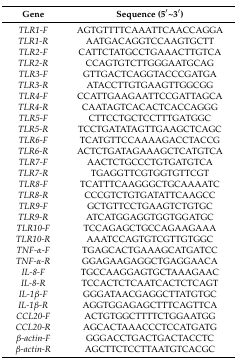
<table><thead><tr><td><b>Gene</b></td><td><b>Sequence (5′~3′)</b></td></tr></thead><tbody><tr><td><i>TLR1-F</i></td><td>AGTGTTTTCAAATTCAACCAGGA</td></tr><tr><td><i>TLR1-R</i></td><td>AATGACAGGTCCAAGTGCTT</td></tr><tr><td><i>TLR2-F</i></td><td>CATTCTATGCCTGAAACTTGTCA</td></tr><tr><td><i>TLR2-R</i></td><td>CCAGTGTCTTGGGAATGCAG</td></tr><tr><td><i>TLR3-F</i></td><td>GTTGACTCAGGTACCCGATGA</td></tr><tr><td><i>TLR3-R</i></td><td>ATACCTTGTGAAGTTGGCGG</td></tr><tr><td><i>TLR4-F</i></td><td>CCATTGAAGAATTCCGATTAGCA</td></tr><tr><td><i>TLR4-R</i></td><td>CAATAGTCACACTCACCAGGG</td></tr><tr><td><i>TLR5-F</i></td><td>CTTCCTGCTCCTTTGATGGC</td></tr><tr><td><i>TLR5-R</i></td><td>TCCTGATATAGTTGAAGCTCAGC</td></tr><tr><td><i>TLR6-F</i></td><td>TCATGTTCCAAAAGACCTACCG</td></tr><tr><td><i>TLR6-R</i></td><td>ACTCTGATAGAAAGCTCATGTCA</td></tr><tr><td><i>TLR7-F</i></td><td>AACTCTGCCCTGTGATGTCA</td></tr><tr><td><i>TLR7-R</i></td><td>TGAGGTTCGTGGTGTTCGT</td></tr><tr><td><i>TLR8-F</i></td><td>TCATTTCAAGGGCTGCAAAATC</td></tr><tr><td><i>TLR8-R</i></td><td>CCCGTCTGTGATATTCAAGCC</td></tr><tr><td><i>TLR9-F</i></td><td>GCTGTTCCTGAAGTCTGTGC</td></tr><tr><td><i>TLR9-R</i></td><td>ATCATGGAGGTGGTGGATGC</td></tr><tr><td><i>TLR10-F</i></td><td>TCCAGAGCTGCCAGAAGAAA</td></tr><tr><td><i>TLR10-R</i></td><td>AAATCCAGTGTCGTTGTGGC</td></tr><tr><td><i>TNF-α-F</i></td><td>TGAGCACTGAAAGCATGATCC</td></tr><tr><td><i>TNF-α-R</i></td><td>GGAGAAGAGGCTGAGGAACA</td></tr><tr><td><i>IL-8-F</i></td><td>TGCCAAGGAGTGCTAAAGAAC</td></tr><tr><td><i>IL-8-R</i></td><td>TCCACTCTCAATCACTCTCAGT</td></tr><tr><td><i>IL-1β-F</i></td><td>GGGATAACGAGGCTTATGTGC</td></tr><tr><td><i>IL-1β-R</i></td><td>AGGTGGAGAGCTTTCAGTTCA</td></tr><tr><td><i>CCL20-F</i></td><td>ACTGTGGCTTTTCTGGAATGG</td></tr><tr><td><i>CCL20-R</i></td><td>AGCACTAAACCCTCCATGATG</td></tr><tr><td><i>β-actin-F</i></td><td>GGGACCTGACTGACTACCTC</td></tr><tr><td><i>β-actin-R</i></td><td>AGCTTCTCCTTAATGTCACGC</td></tr></tbody></table>